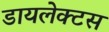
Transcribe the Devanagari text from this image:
डायलेक्टस